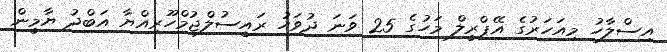
އިސްލާހު މިއަހަރުގެ އޭޕްރީލް މަހުގެ 25 ވަނަ ދުވަހު ރައީސުލްޖުމްހޫރިއްޔާ އަބްދު ޔާމީން